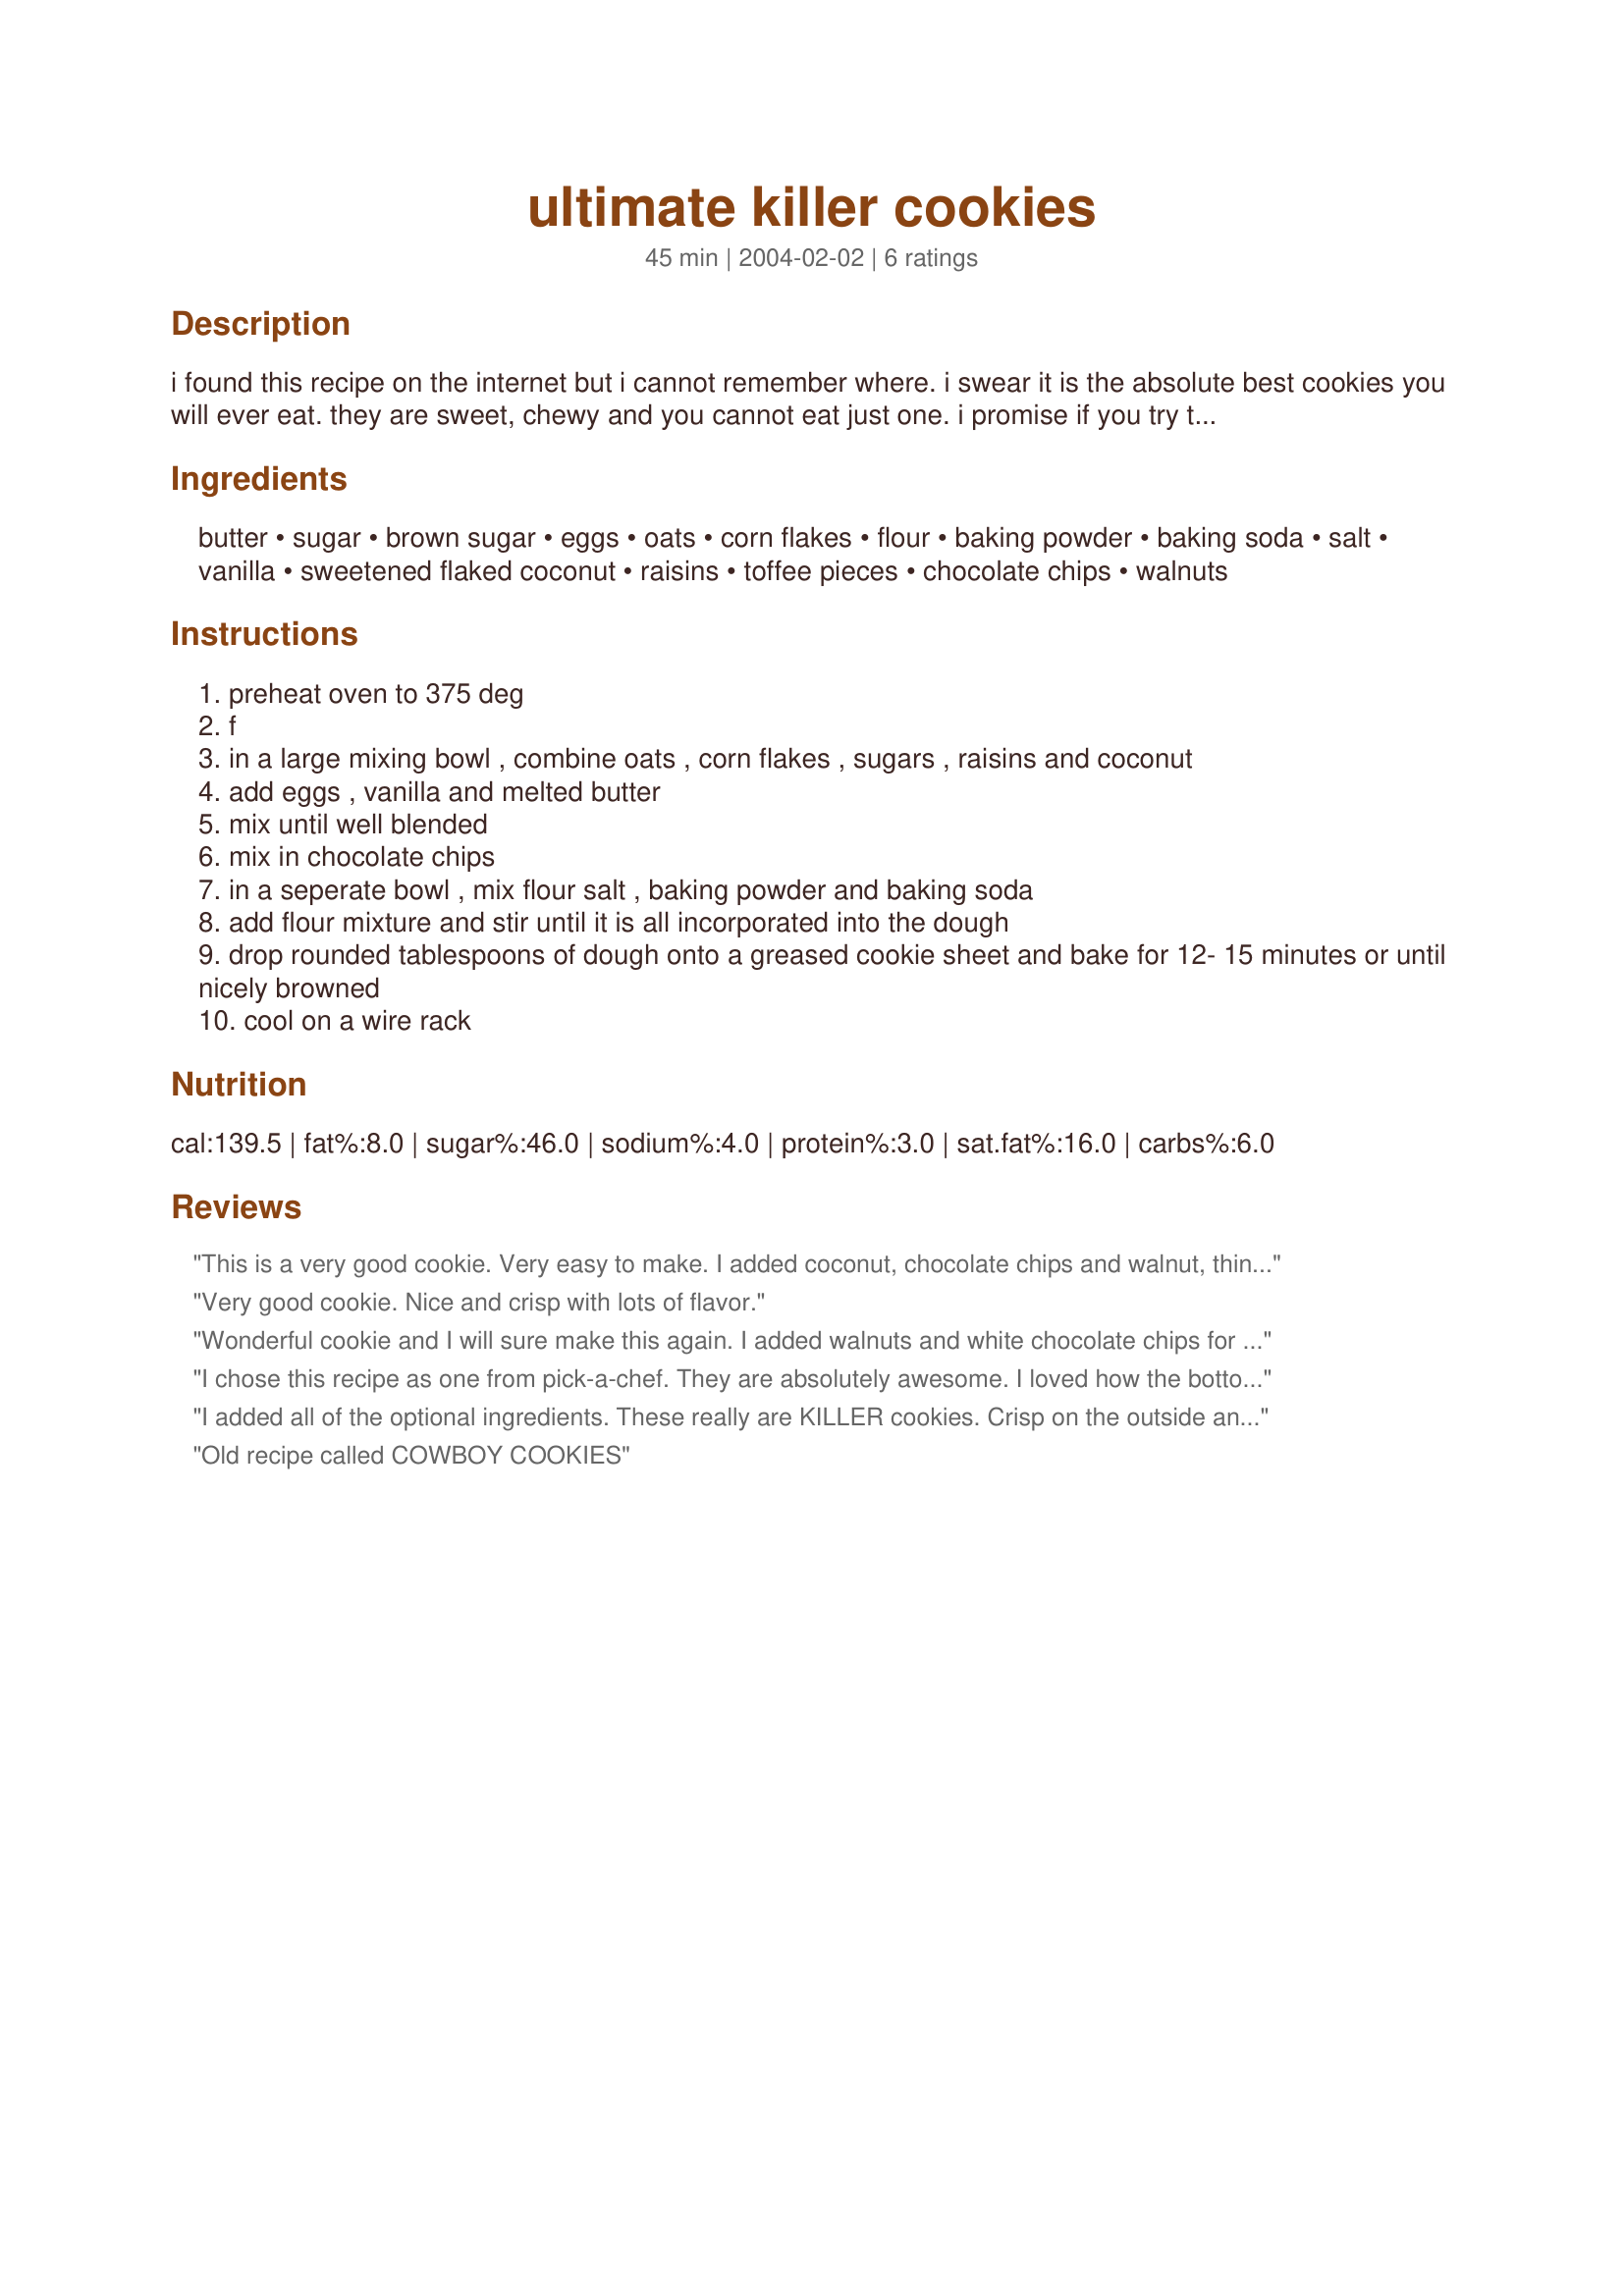
ultimate killer cookies
Preparation time: 45 minutes

i found this recipe on the internet but i cannot remember where. i swear it is the absolute best cookies you will ever eat. they are sweet, chewy and you cannot eat just one. i promise if you try them, they will be a favorite.

Ingredients:
butter, sugar, brown sugar, eggs, oats, corn flakes, flour, baking powder, baking soda, salt, vanilla, sweetened flaked coconut, raisins, toffee pieces, chocolate chips, walnuts

Steps:
preheat oven to 375 deg
f
in a large mixing bowl , combine oats , corn flakes , sugars , raisins and coconut
add eggs , vanilla and melted butter
mix until well blended
mix in chocolate chips
in a seperate bowl , mix flour salt , baking powder and baking soda
add flour mixture and stir until it is all incorporated into the dough
drop rounded tablespoons of dough onto a greased cookie sheet and bake for 12- 15 minutes or until nicely browned
cool on a wire rack

Reviews:
This is a very good cookie. Very easy to make. I added coconut, chocolate chips and walnut, thinking I would be the only one who ate this cookie. I was wrong my son just loves them. Which was a big surpise to me because he doesn't like nuts at all!!
Very good cookie. Nice and crisp with lots of flavor.
Wonderful cookie and I will sure make this again. I added walnuts and white chocolate chips for my mix and match selection. No mixer needed. How easier can you get.
I chose this recipe as one from pick-a-chef. They are absolutely awesome. I loved how the bottom cooked up, nice a crisp, but not too crisp and the top stayed chewy. I added the raisins and toffee pieces to mine and I'm so glad I did. I like how the recipe gives you options. Thanks mewmew
I added all of the optional ingredients. These really are KILLER cookies. Crisp on the outside and chewy in the middle.
Old recipe called COWBOY COOKIES
